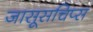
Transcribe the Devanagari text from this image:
जासूसचिप्स